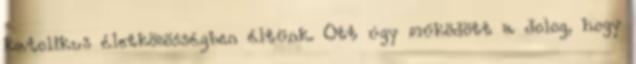
katolikus életközösségben éltünk. Ott úgy működött a dolog, hogy